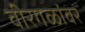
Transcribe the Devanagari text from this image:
वीरगळांवर